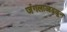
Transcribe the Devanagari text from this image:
जंगलाआढळून